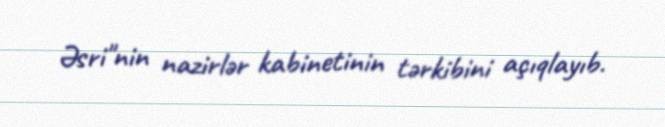
Əsri"nin nazirlər kabinetinin tərkibini açıqlayıb.